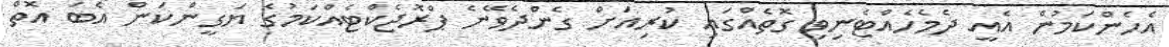
އެހެންކަމުން އެއީ ދެމެހެއްޓެނިވި ގޮތެއްގައި ކުރިއަށް ގެންދެވޭނެ ޕްރޮޖެކްޓެއްކަމުގެ ޔަގީންކަން އެބަ އޮތް